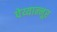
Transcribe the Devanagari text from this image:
पेय्यान्‍नूर